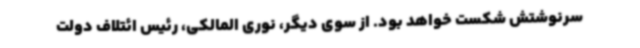
سرنوشتش شکست خواهد بود. از سوی دیگر، نوری المالکی، رئیس ائتلاف دولت